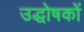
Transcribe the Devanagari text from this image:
उद्धोषकों